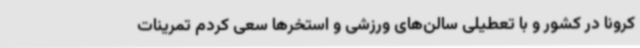
کرونا در کشور و با تعطیلی سالن‌های ورزشی و استخرها سعی کردم تمرینات